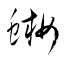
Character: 蜥